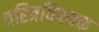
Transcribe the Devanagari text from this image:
चरित्रविषयक